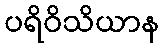
ပရိဝိသိယာန